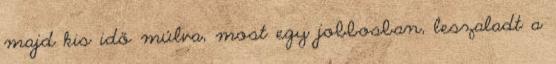
majd kis idő múlva, most egy jobbosban, leszaladt a